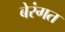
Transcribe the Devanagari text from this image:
बेरंगत